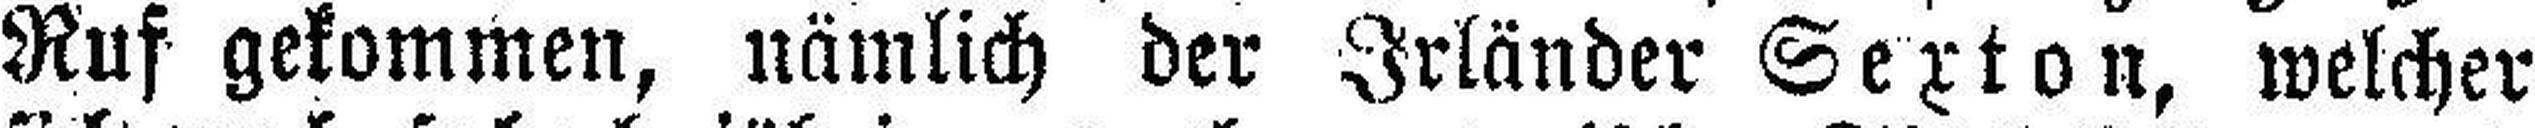
Ruf gekommen, nämlich der Irländer Sexton, welcher